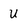
Character: U